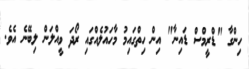
ހިންގާ "ޑްރީމްސް ޑައިނާ" އިން ހިތްގައިމު މާހައުލެއްގައި ރޯދަ ވީއްލަން ލިބޭނެ އެވެ.